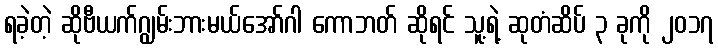
ရခဲ့တဲ့ ဆိုဗီယက်ဂျွမ်းဘားမယ်အော်ဂါ ကောဘတ် ဆိုရင် သူ့ရဲ့ ဆုတံဆိပ် ၃ ခုကို ၂၀၁၇